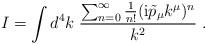
LaTeX: \begin{align*}I=\int d^4 k \; \frac{\sum_{n=0}^\infty \frac{1}{n!} (\mathrm{i} \tilde{p}_\mu k^\mu)^n}{k^2}~.\end{align*}